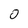
Character: O